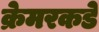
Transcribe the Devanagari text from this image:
क्रेमरकडे